Civil Veterinary Dept. Bombay admin report 1923-31 - 1923-1931
Year: 1923
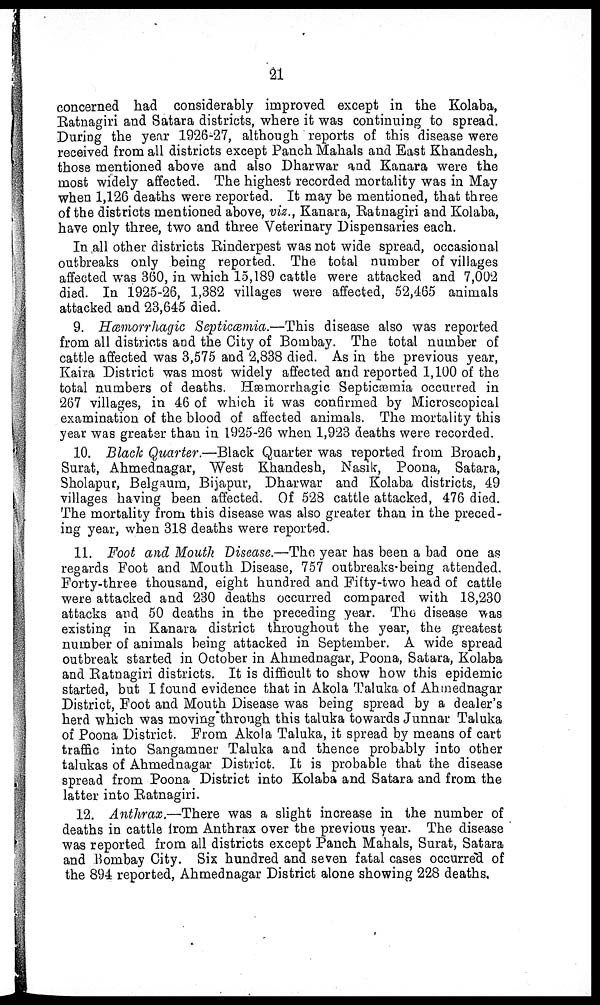
21
concerned had considerably improved except in the Kolaba,
Ratnagiri and Satara districts, where it was continuing to spread.
During the year 1926-27, although reports of this disease were
received from all districts except Panch Mahals and East Khandesh,
those mentioned above and also Dharwar and Kanara were the
most widely affected. The highest recorded mortality was in May
when 1,126 deaths were reported. It may be mentioned, that three
of the districts mentioned above, viz., Kanara, Ratnagiri and Kolaba,
have only three, two and three Veterinary Dispensaries each.
In all other districts Rinderpest was not wide spread, occasional
outbreaks only being reported. The total number of villages
affected was 360, in which 15,189 cattle were attacked and 7,002
died. In 1925-26, 1,382 villages were affected, 52,465 animals
attacked and 23,645 died.
9. Hæmorrhagic Septicæmia.—This disease also was reported
from all districts and the City of Bombay. The total number of
cattle affected was 3,575 and 2,838 died. As in the previous year,
Kaira District was most widely affected and reported 1,100 of the
total numbers of deaths. Hæmorrhagic Septicæmia occurred in
267 villages, in 46 of which it was confirmed by Microscopical
examination of the blood of affected animals. The mortality this
year was greater than in 1925-26 when 1,923 deaths were recorded.
10. Black Quarter.—Black Quarter was reported from Broach,
Surat, Ahmednagar, West Khandesh, Nasik, Poona, Satara,
Sholapur, Belgaum, Bijapur, Dharwar and Kolaba districts, 49
villages having been affected. Of 528 cattle attacked, 476 died.
The mortality from this disease was also greater than in the preced-
ing year, when 318 deaths were reported.
11. Foot and Mouth Disease.—The year has been a bad one as
regards Foot and Mouth Disease, 757 outbreaks-being attended.
Forty-three thousand, eight hundred and Fifty-two head of cattle
were attacked and 230 deaths occurred compared with 18,230
attacks and 50 deaths in the preceding year. The disease was
existing in Kanara district throughout the year, the greatest
number of animals being attacked in September. A wide spread
outbreak started in October in Ahmednagar, Poona, Satara, Kolaba
and Ratnagiri districts. It is difficult to show how this epidemic
started, but I found evidence that in Akola Taluka of Ahmednagar
District, Foot and Mouth Disease was being spread by a dealer's
herd which was moving through this taluka towards Junnar Taluka
of Poona District. From Akola Taluka, it spread by means of cart
traffic into Sangamner Taluka and thence probably into other
talukas of Ahmednagar District. It is probable that the disease
spread from Poona District into Kolaba and Satara and from the
latter into Ratnagiri.
12. Anthrax.—There was a slight increase in the number of
deaths in cattle from Anthrax over the previous year. The disease
was reported from all districts except Panch Mahals, Surat, Satara
and Bombay City. Six hundred and seven fatal cases occurred of
the 894 reported, Ahmednagar District alone showing 228 deaths.